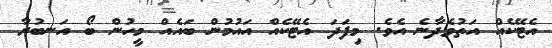
އެޓޭކެއް އަތުވެދާނެ އެވެ. މިފަދަ އެޓޭކެއް އައުމުން ބައެއް މީހުން ބޯ އަނބުރާ